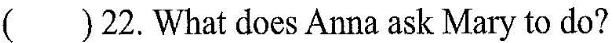
()22. What does Anna ask Mary to do?